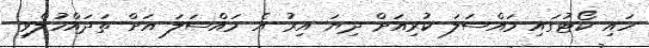
ހައި ކޯޓުގައި މައްސަލަ ކުރިއަށް ދިޔަ އިރު އެ މައްސަލަ އަށް ތަދައްހުލްވި